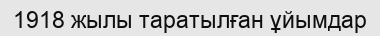
1918 жылы таратылған ұйымдар